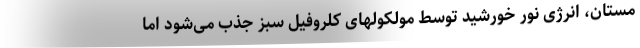
مستان، انرژی نور خورشید توسط مولکولهای کلروفیل سبز جذب می‌شود اما